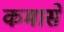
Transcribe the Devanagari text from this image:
कमासे